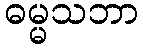
ဓမ္မသဘာ